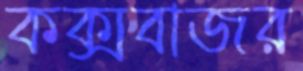
কক্সবাজর